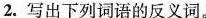
2.写出下列词语的反义词。